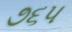
૭૬૫